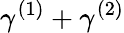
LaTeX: \gamma^{(1)}+\gamma^{(2)}